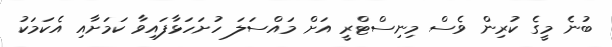
ބުނެ މީގެ ކުރިން ވެސް މިނިސްޓްރީ އަށް މައްސަލަ ހުށަހަޅާފައިވާ ކަމަށާއި އެކަމަކު